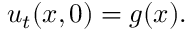
u _ { t } ( x , 0 ) = g ( x ) .